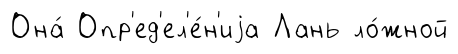
Она́ Опр'ед'ел'е́н'иjа Лань ло́жной